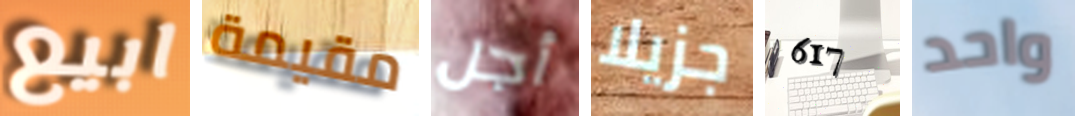
ابيع مقيمة أجل جزيلا 617 واحد